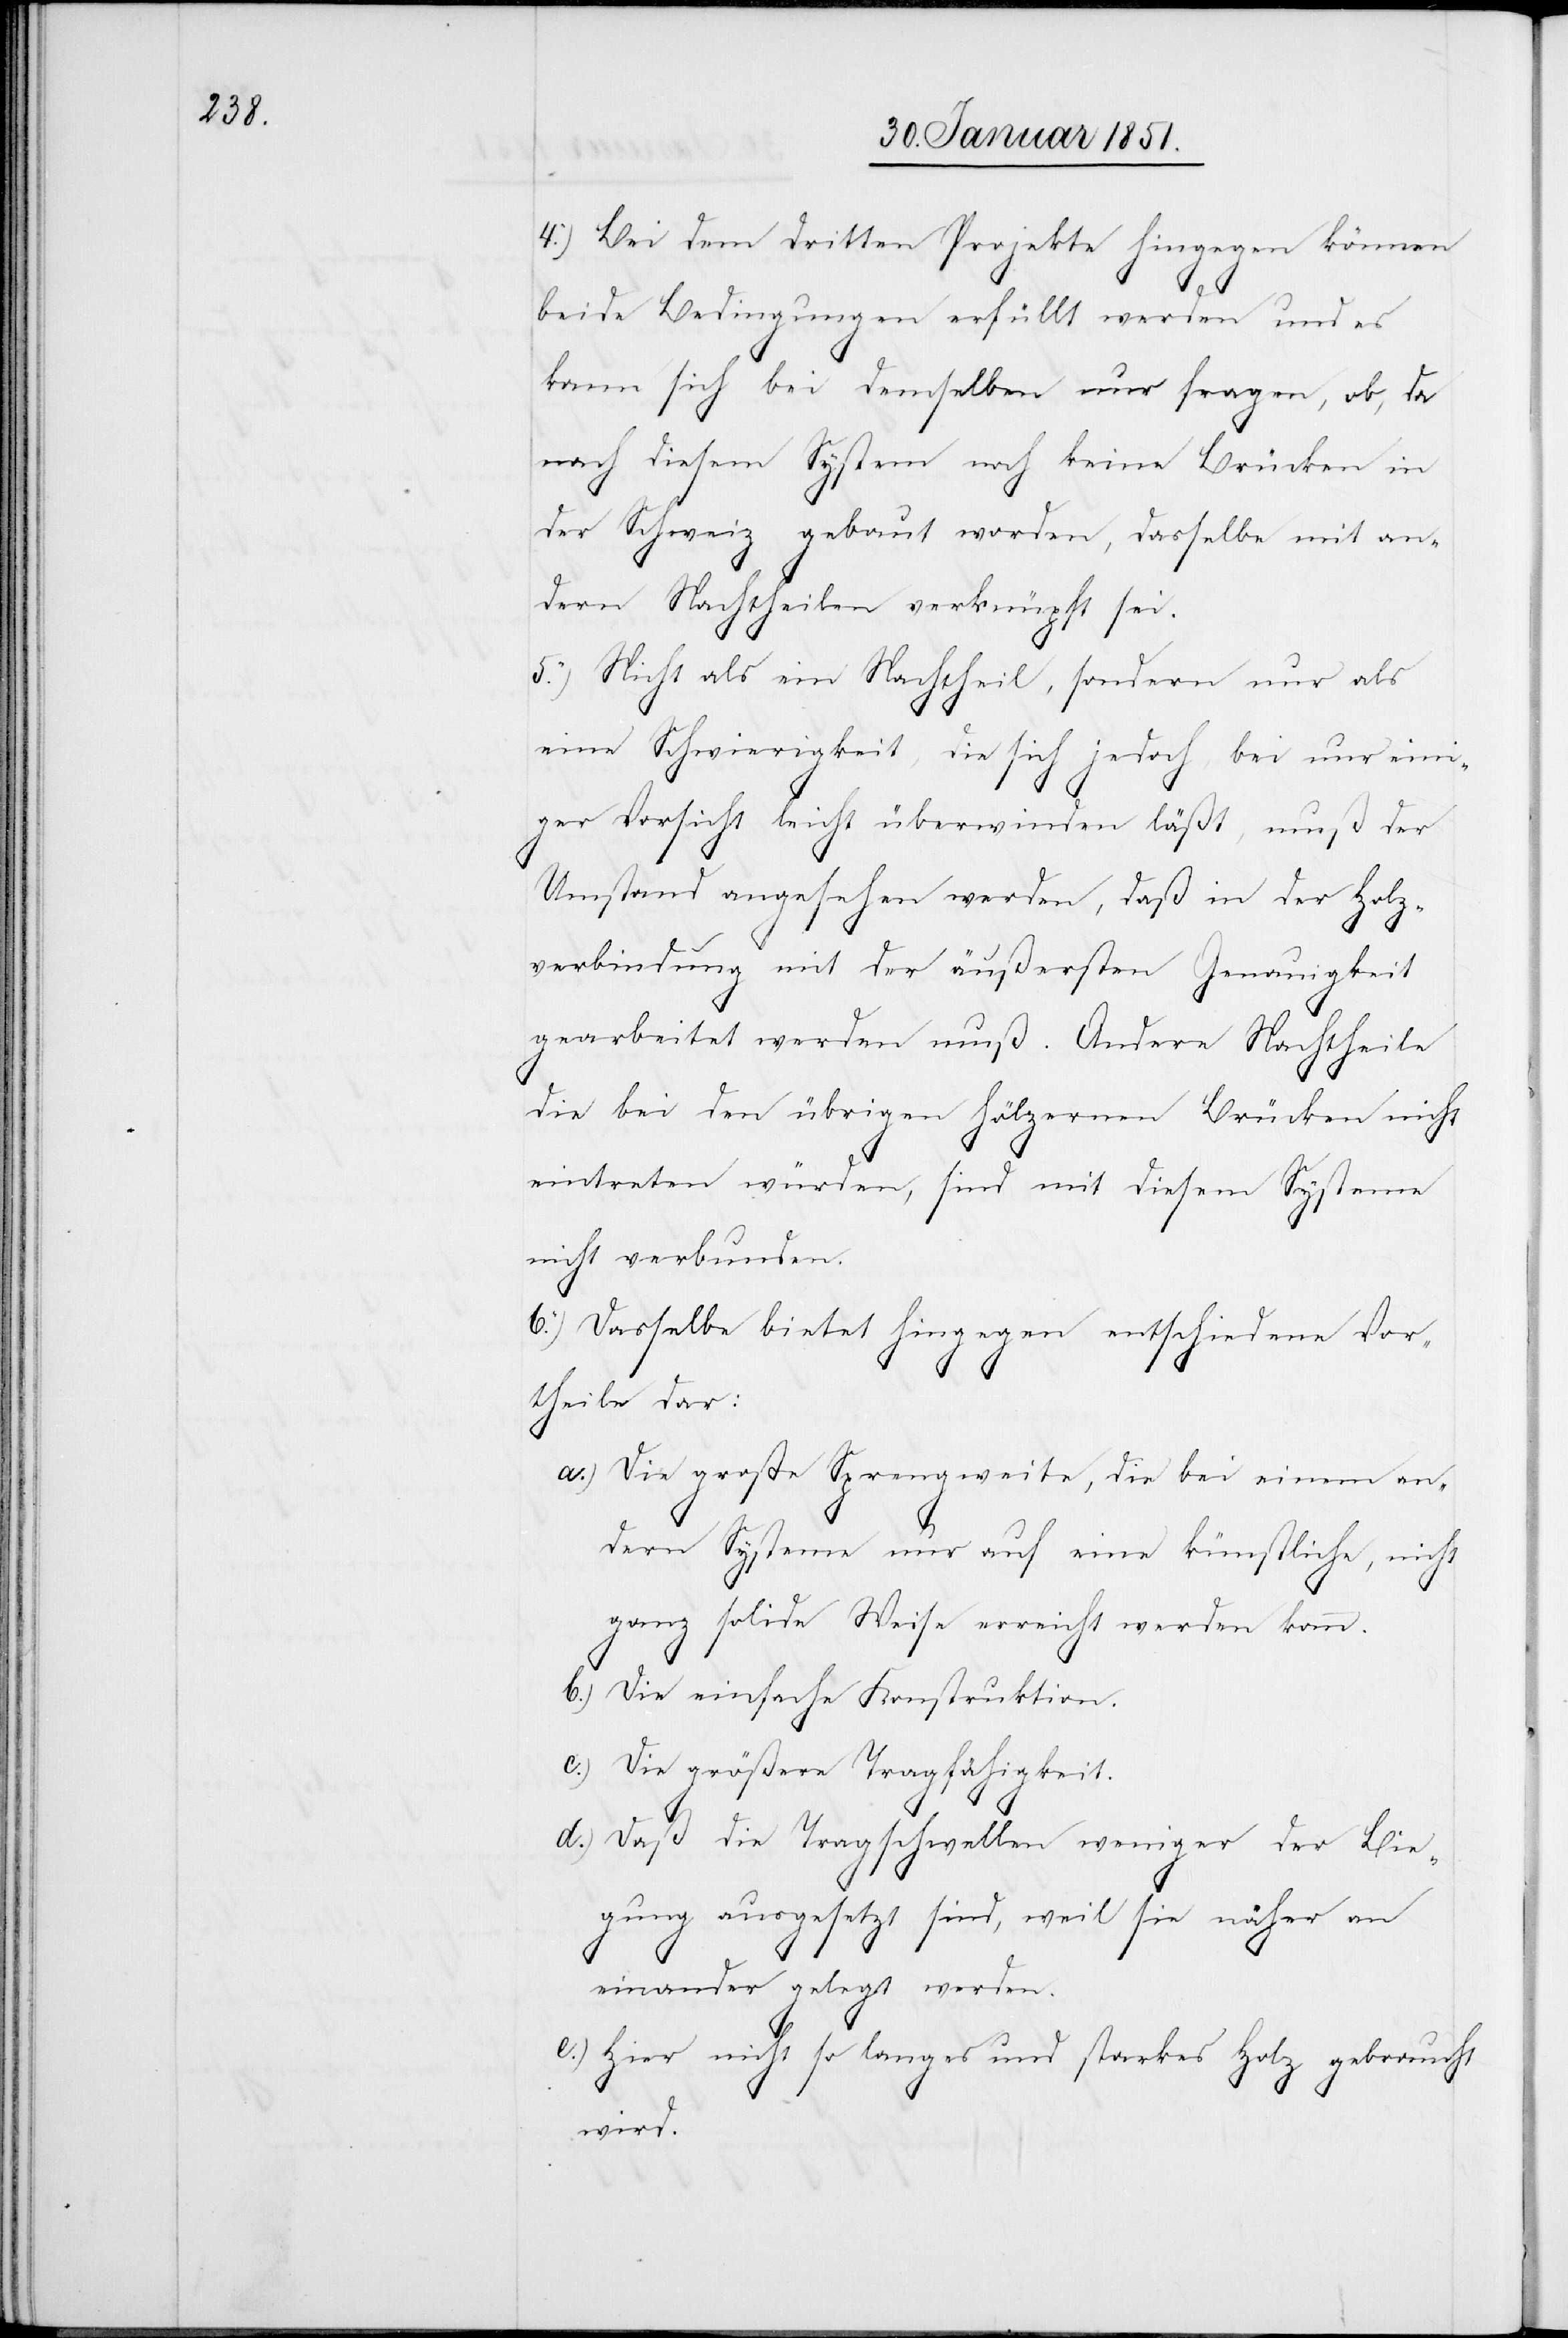
4.) Bei dem dritten Projekte hingegen können
d.)
beide Bedingungen erfüllt werden und es
kann sich bei demselben nur fragen, ob, da
nach diesem System noch keine Brücken in
der Schweiz gebaut worden, dasselbe mit an¬
dern Nachtheilen verknüpft sei.
5.) Nicht als ein Nachtheil, sondern nur als
eine Schwierigkeit, die sich jedoch, bei nur eini¬
ger Vorsicht leicht überwinden läßt, muß der
Umstand angesehen werden, daß in der Holz¬
verbindung mit der äußersten Genauigkeit
gearbeitet werden muß. Andere Nachtheile
die bei den übrigen hölzernen Brücken nicht
eintreten würden, sind mit diesem Systeme
nicht verbunden.
6.) Dasselbe bietet hingegen entschiedene Vor¬
theile dar:
Die große Sprengweite, die bei einem an¬
dern Systeme nur auf eine künstliche, nicht
ganz solide Weise erreicht werden kann.
Die einfache Konstruktion.
Die größere Tragfähigkeit.
Daß die Tragschwellen weniger der Bie¬
gung ausgesetzt sind, weil sie näher an
einander gelegt werden.
Hier nicht so langes und starkes Holz gebraucht
wird.